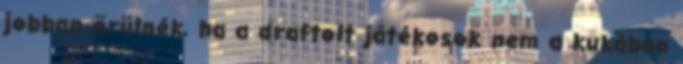
jobban örülnék, ha a draftolt játékosok nem a kukában